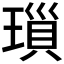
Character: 𤨏